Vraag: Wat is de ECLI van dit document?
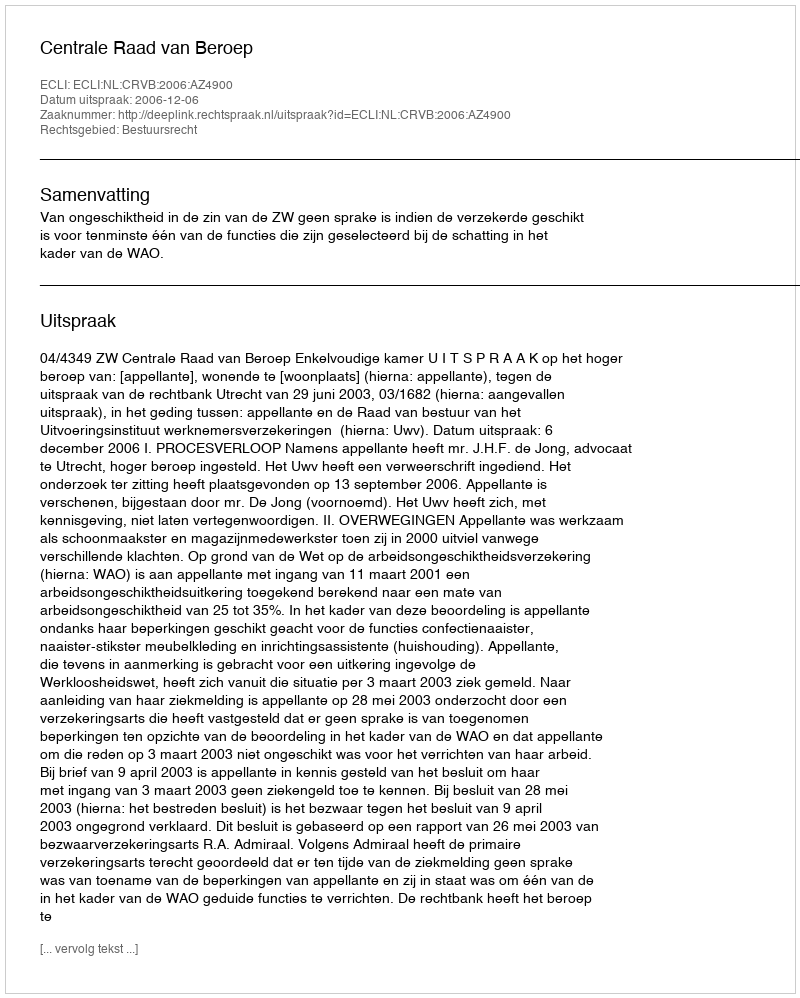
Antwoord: ECLI:NL:CRVB:2006:AZ4900